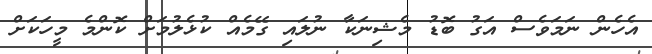
އެހެން ނަމަވެސް އަގު ބޮޑު މެޝިނަކާ ނުލައި ގޭމެއް ކުޅެލުމަށް ކޮންމެ މީހަކަށް